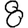
Digit: 8